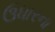
ઉધારના